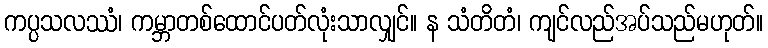
ကပ္ပသလဿံ၊ ကမ္ဘာတစ်ထောင်ပတ်လုံးသာလျှင်။ န သံတိတံ၊ ကျင်လည်အပ်သည်မဟုတ်။